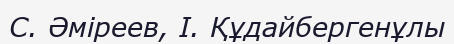
С. Әміреев, І. Құдайбергенұлы